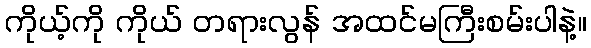
ကိုယ့်ကို ကိုယ် တရားလွန် အထင်မကြီးစမ်းပါနဲ့။